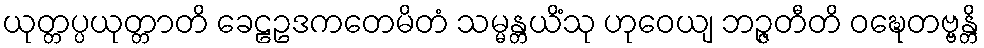
ယုတ္တပ္ပယုတ္တာတိ ခေဠဥဒကတေမိတံ သမ္မန္တယိံသု ဟုဝေယျ ဘဉ္ဇတီတိ ဝဍ္ဎေတဗ္ဗန္တိ